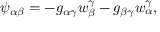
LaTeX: \psi _ { \alpha \beta } = - g _ { \alpha \gamma } w _ { \beta } ^ { \gamma } - g _ { \beta \gamma } w _ { \alpha } ^ { \gamma } ,